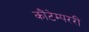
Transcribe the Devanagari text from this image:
कौंटेम्पररी